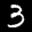
Label: 3